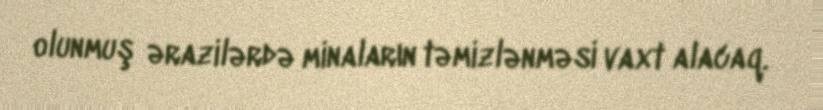
olunmuş ərazilərdə minaların təmizlənməsi vaxt alacaq.